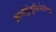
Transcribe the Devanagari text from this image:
क्रायोग्लोबुलिनेमिया